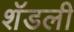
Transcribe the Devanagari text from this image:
शॅडली